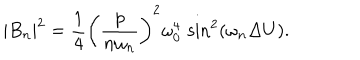
LaTeX: | B _ { n } | ^ { 2 } = { \frac { 1 } { 4 } } \left( { \frac { p } { n \omega _ { n } } } \right) ^ { 2 } \omega _ { 0 } ^ { 4 } \, \sin ^ { 2 } ( \omega _ { n } \Delta U ) .